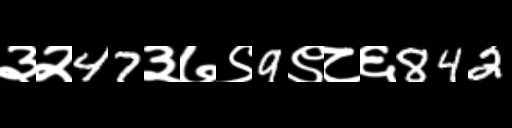
Text: ३२47३७९9९८६842